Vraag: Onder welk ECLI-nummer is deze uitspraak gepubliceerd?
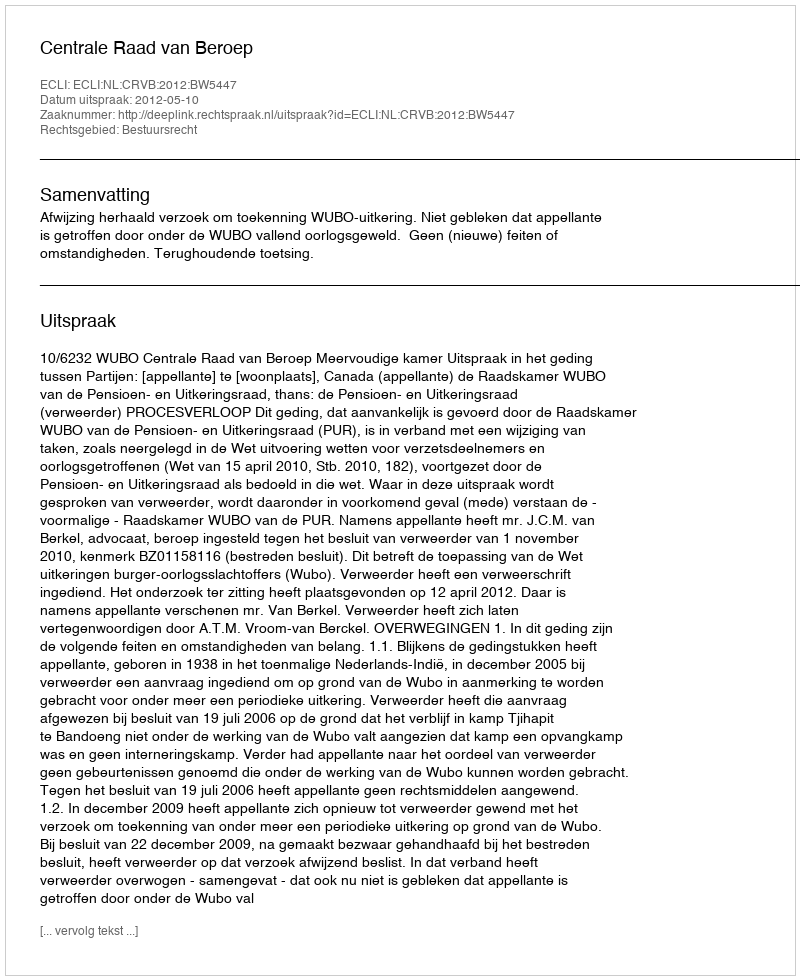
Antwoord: ECLI:NL:CRVB:2012:BW5447